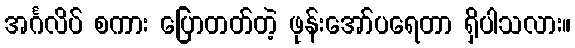
အင်္ဂလိပ် စကား ပြောတတ်တဲ့ ဖုန်းအော်ပရေတာ ရှိပါသလား။